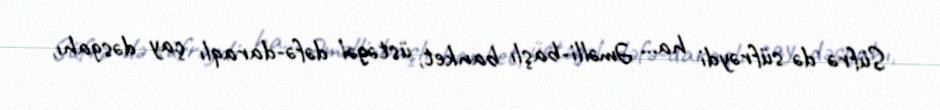
Süfrə də süfrəydi ha... Əməlli-başlı banket, üstəgəl dəfə-daraqlı çay dəsgahı,